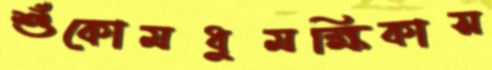
শুঁকোমধুমক্ষিকাস